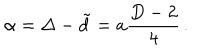
\alpha = \Delta - \tilde { d } = a { \frac { D - 2 } { 4 } } \, .